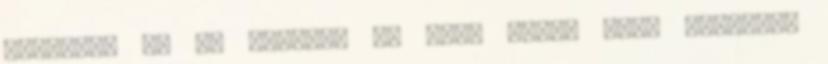
készítse el ÉS nyújtsa be eskü alatt tett CÁFOLATI